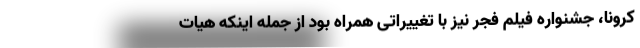
کرونا، جشنواره فیلم فجر نیز با تغییراتی همراه بود از جمله اینکه هیات